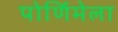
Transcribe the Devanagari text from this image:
पोर्णिमेला